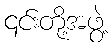
၎င်းတို့အဖွဲ့